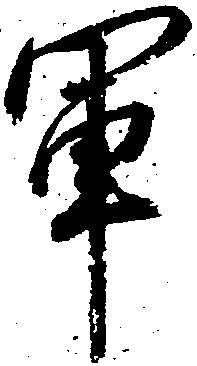
軍